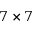
7 \times 7